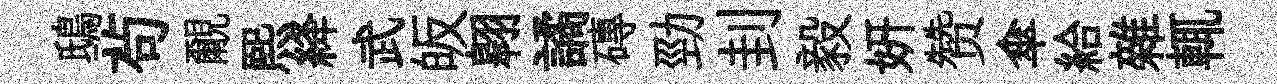
鴟茍覼煕絳武皈翱譎磚勁刲毅妍赞傘給雜輒